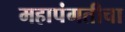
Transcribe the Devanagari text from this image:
महापंगतीचा